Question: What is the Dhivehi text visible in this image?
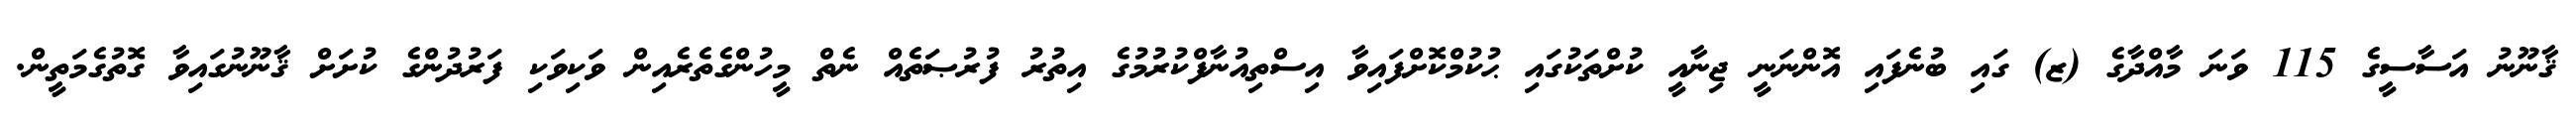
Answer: ޤާނޫނު އަސާސީގެ 115 ވަނަ މާއްދާގެ (ޒ) ގައި ބުނެފައި އޮންނަނީ ޖިނާއީ ކުށްތަކުގައި ޙުކުމްކޮށްފައިވާ އިސްތިއުނާފްކުރުމުގެ އިތުރު ފުރުޞަތެއް ނެތް މީހުންގެތެރެއިން ވަކިވަކި ފަރުދުންގެ ކުށަށް ޤާނޫނުގައިވާ ގޮތުގެމަތީން.